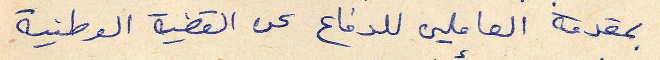
بمقدمة العاملين للدفاع عن القضية الوطنية